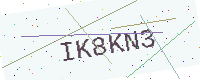
Text: IK8KN3